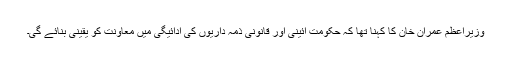
وزیراعظم عمران خان کا کہنا تھا کہ حکومت آئینی اور قانونی ذمہ داریوں کی ادائیگی میں معاونت کو یقینی بنائے گی۔